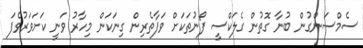
ސެމްސަންގުން ބުނާ ގޮތުން ގެލަކްސީ ފޯނުތަކަށް ވަފާތެރިން ގިނަކަން މިހާރު ވަނީ ކަށަވަރުވެފަ